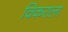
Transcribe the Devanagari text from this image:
विकराला